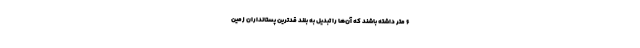
۶ متر داشته باشند که آن‌ها را تبدیل به بلند قدترین پستانداران زمین